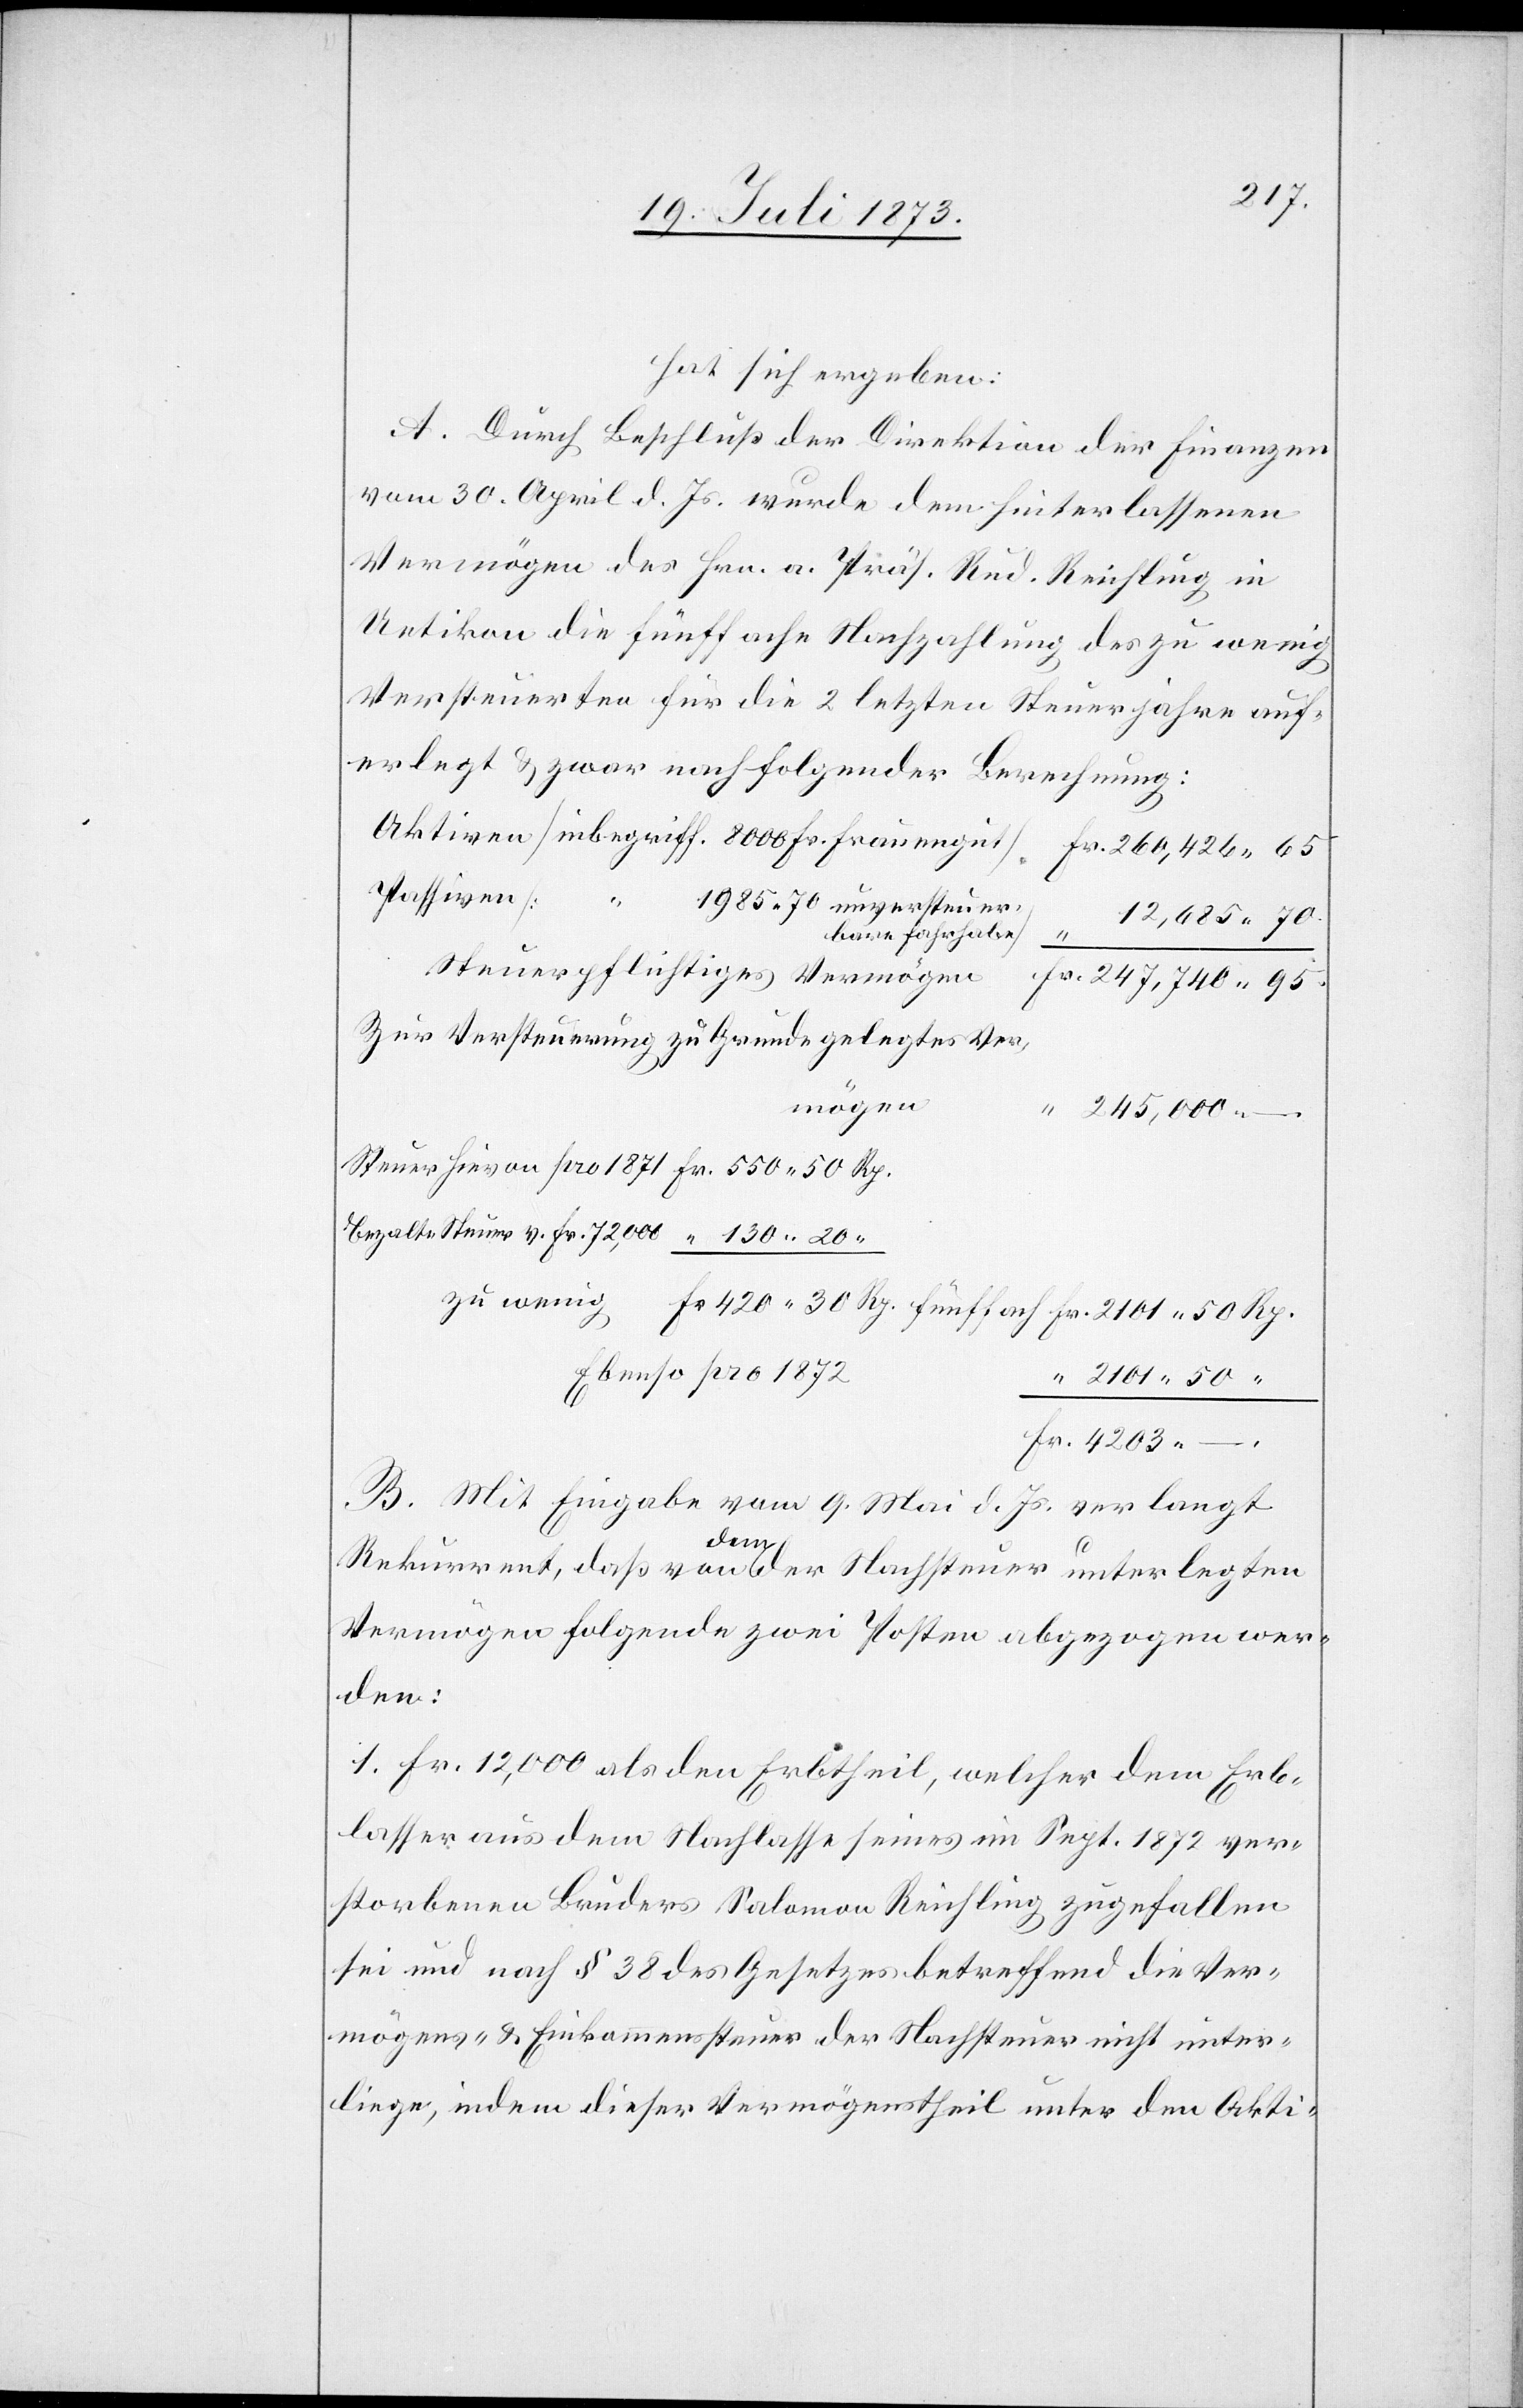
hat sich ergeben:
A. Durch Beschluß der Direktion der Finanzen
vom 30. April d. Js. wurde dem hinterlassenen
Vermögen des Hrn. a. Präs. Rud. Reichling in
Uetikon die fünffache Nachzahlung des zu wenig
Versteuerten für die 2 letzten Steuerjahre auf¬
erlegt & zwar nach folgender Berechnung:
Passiven
203
101 50
versteuer¬
un¬
12,685 70.
bare Fahrhabe]
Zur Versteuerung zu Grunde gelegtes Ver¬
mögen
245,000 –.
bezahlte Steuer v. Fr. 72,000
Ebenso pro 1872
2 101 50 “
–.
B. Mit Eingabe vom 9. Mai d. Js. verlangt
Rekurrent, daß von dem der Nachsteuer unterlegten
Vermögen folgende zwei Posten abgezogen wer¬
den:
1. Fr. 12,000 als den Erbtheil, welcher dem Erb¬
lasser aus dem Nachlasse seines im Sept. 1872 ver¬
storbenen Bruders Salomon Reichling zugefallen
sei und nach § 38 des Gesetzes betreffend die Ver¬
mögens- & Einkommenssteuer der Nachsteuer nicht unter¬
liege, indem dieser Vermögenstheil unter den Akti-